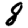
Digit: 8